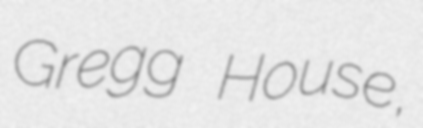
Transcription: Gregg House,